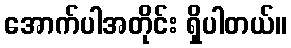
အောက်ပါအတိုင်း ရှိပါတယ်။